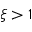
\xi > 1